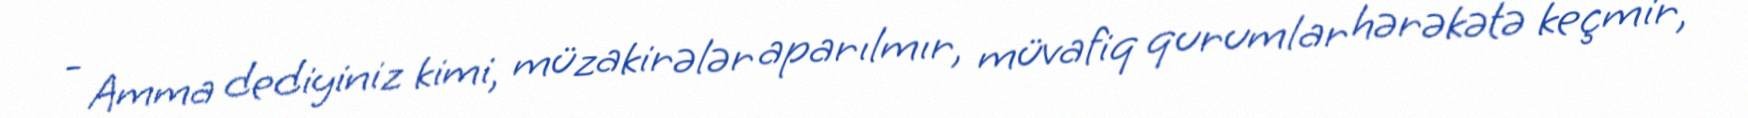
- Amma dediyiniz kimi, müzakirələr aparılmır, müvafiq qurumlar hərəkətə keçmir,